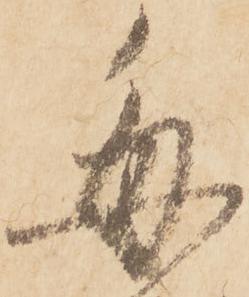
毎